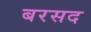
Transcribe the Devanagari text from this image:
बरसद